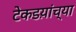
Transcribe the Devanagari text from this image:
टेकडय़ांच्या